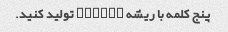
پنج کلمه با ریشه "cycl" تولید کنید.